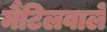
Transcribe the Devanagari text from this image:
मैंटिलवाले